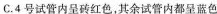
C.4号试管内呈砖红色，其余试管内都呈蓝色